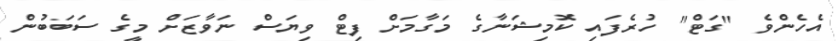
އެހެންވެ "ގަޓް" ހުރެފައި ކޮމިޝަނާގެ މަގާމަށް ފިޓް ވިޔަސް ނަވާޒަށް މީގެ ސަބަބުން